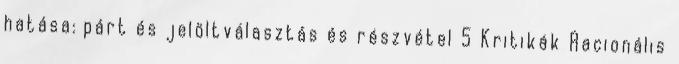
hatása: párt és jelöltválasztás és részvétel 5 Kritikák Racionális